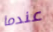
عندما